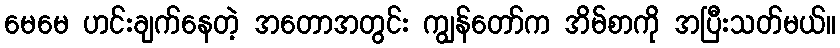
မေမေ ဟင်းချက်နေတဲ့ အတောအတွင်း ကျွန်တော်က အိမ်စာကို အပြီးသတ်မယ်။